Vaccination United Provinces of Agra and Oudh 1923-1928 - 1923-1928
Year: 1923
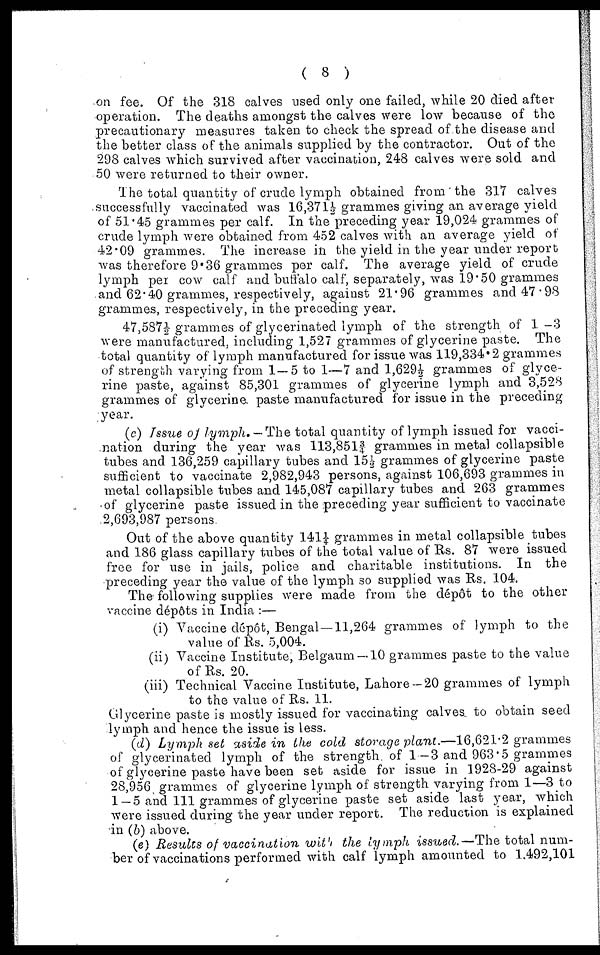
( 8 )
on fee. Of the 318 calves used only one failed, while 20 died after
operation. The deaths amongst the calves were low because of the
precautionary measures taken to check the spread of the disease and
the better class of the animals supplied by the contractor. Out of the
298 calves which survived after vaccination, 248 calves were sold and
50 were returned to their owner.
The total quantity of crude lymph obtained from the 317 calves
successfully vaccinated was 16,371½ grammes giving an average yield
of 51.45 grammes per calf. In the preceding year 19,024 grammes of
crude lymph were obtained from 452 calves with an average yield of
42.09 grammes. The increase in the yield in the year under report
was therefore 9.36 grammes per calf. The average yield of crude
lymph per cow calf and buffalo calf, separately, was 19.50 grammes
and 62.40 grammes, respectively, against 21.96 grammes and 47.98
grammes, respectively, in the preceding year.
47,587 ½ grammes of glycerinated lymph of the strength of 1—3
were manufactured, including 1,527 grammes of glycerine paste. The
total quantity of lymph manufactured for issue was 119,334.2 grammes
of strength varying from 1—5 to 1—7 and 1,629½ grammes of glyce-
rine paste, against 85,301 grammes of glycerine lymph and 3,528
grammes of glycerine paste manufactured for issue in the preceding
year.
(c) Issue of lymph. —The total quantity of lymph issued for vacci-
nation during the year was 113,851¾ grammes in metal collapsible
tubes and 136,259 capillary tubes and 15½ grammes of glycerine paste
sufficient to vaccinate 2,982,943 persons, against 106,693 grammes in
metal collapsible tubes and 145,087 capillary tubes and 263 grammes
of glycerine paste issued in the preceding year sufficient to vaccinate
2,693,987 persons.
Out of the above quantity 141¼ grammes in metal collapsible tubes
and 186 glass capillary tubes of the total value of Rs. 87 were issued
free for use in jails, police and charitable institutions. In the
preceding year the value of the lymph so supplied was Rs. 104.
The following supplies were made from the dépôt to the other
vaccine dépôts in India :—
(i) Vaccine dépôt, Bengal—11,264 grammes of lymph to the
value of Rs. 5,004.
(ii) Vaccine Institute, Belgaum —10 grammes paste to the value
of Rs. 20.
(iii) Technical Vaccine Institute, Lahore—20 grammes of lymph
to the value of Rs. 11.
Glycerine paste is mostly issued for vaccinating calves to obtain seed
lymph and hence the issue is less.
(d) Lymph set aside in the cold storage plant.—16,621.2 grammes
of glycerinated lymph of the strength of 1—3 and 963.5 grammes
of glycerine paste have been set aside for issue in 1928-29 against
28,956 grammes of glycerine lymph of strength varying from 1—3 to
1 — 5 and 111 grammes of glycerine paste set aside last year, which
were issued during the year under report. The reduction is explained
in (b) above.
(e) Results of vaccination with the lymph issued.—The total num-
ber of vaccinations performed with calf lymph amounted to 1,492,101